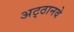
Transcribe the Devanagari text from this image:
अट्‍ठानवे